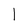
Character: l